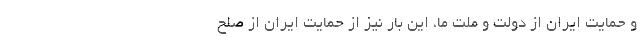
و حمایت ایران از دولت و ملت ما، این بار نیز از حمایت ایران از صلح